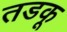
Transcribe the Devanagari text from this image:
तडकू